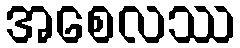
အစေလဿ